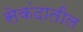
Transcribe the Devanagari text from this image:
सेकंदातील